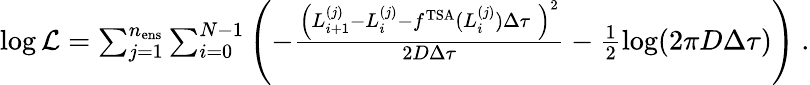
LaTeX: \begin{array}{r}{\log\mathcal{L}=\sum_{j=1}^{n_{\mathrm{ens}}}\sum_{i=0}^{N-1}\left(-\frac{\left(L_{i+1}^{(j)}-L_{i}^{(j)}-f^{\mathrm{TSA}}(L_{i}^{(j)})\Delta\tau\; \right)^{2}}{2D\Delta\tau}-\frac{1}{2}\log(2\pi D\Delta\tau)\right)\ .}\end{array}